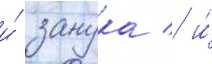
и́ занука / и́